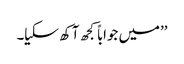
’’میں جواباً کجھ آکھ سکیا۔